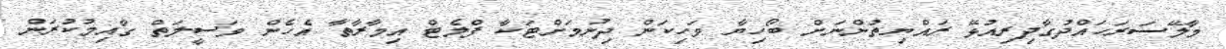
މާލޭސަރަހައްދުގާދިރިއުޅޭ ރައްޔިތުންނަށް ބޯހިޔާ ވަހިކަން ދިނުމަށްޓަކާ ފްލެޓް އިމާރާތާ އެހެން ވަސީލަތް ގާއިމުކުރަން